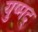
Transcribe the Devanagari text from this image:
युष्मद्